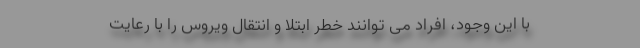
با این وجود، افراد می توانند خطر ابتلا و انتقال ویروس را با رعایت